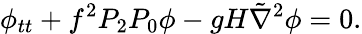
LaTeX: \phi_{tt}+f^{2}P_{2}P_{0}\phi-gH\tilde{\nabla}^{2}\phi=0.